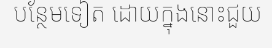
បន្ថែមទៀត ដោយក្នុងនោះជួយ